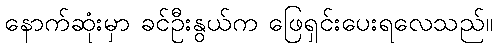
နောက်ဆုံးမှာ ခင်ဦးနွယ်က ဖြေရှင်းပေးရလေသည်။